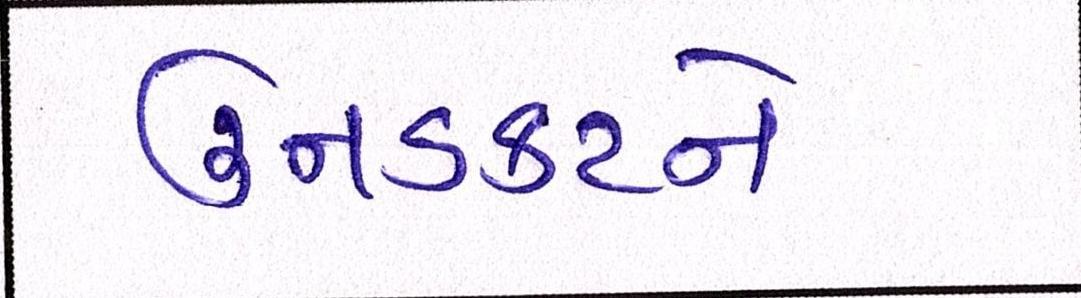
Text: ઉનડકટને